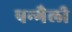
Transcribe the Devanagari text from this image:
पन्गैली